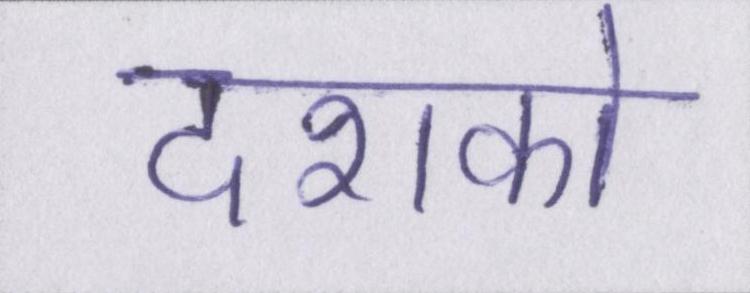
दशको